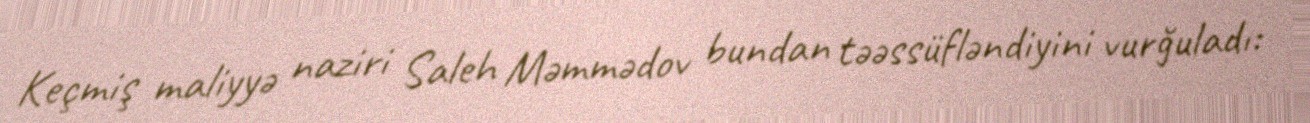
Keçmiş maliyyə naziri Saleh Məmmədov bundan təəssüfləndiyini vurğuladı: